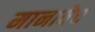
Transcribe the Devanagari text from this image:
मानावेच